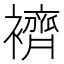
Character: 𧞓